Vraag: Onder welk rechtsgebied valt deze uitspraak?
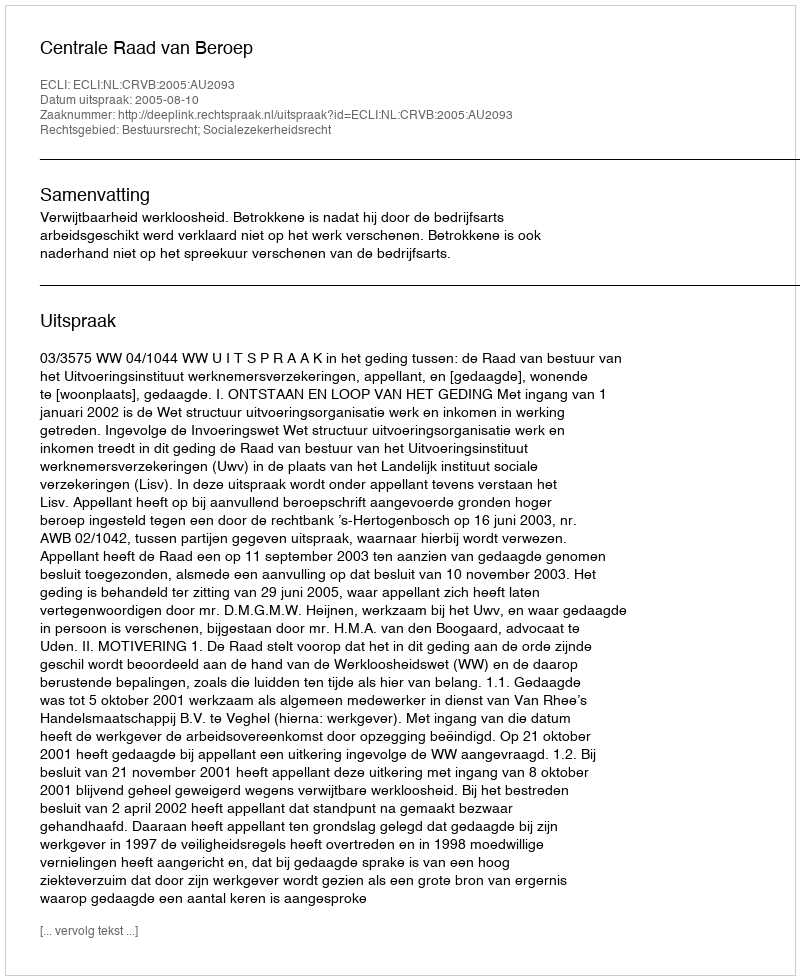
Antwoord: Bestuursrecht; Socialezekerheidsrecht